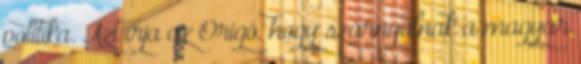
politika. Azt írja az Origó, hogy szárnyalnak a magyar